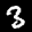
Label: 3